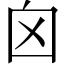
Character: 囟